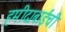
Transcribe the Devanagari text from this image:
हमीदाबाईची